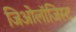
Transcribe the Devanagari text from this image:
जिओलॉजिस्ट